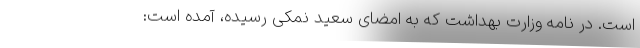
است. در نامه وزارت بهداشت که به امضای سعید نمکی رسیده، آمده است: